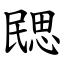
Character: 㥸